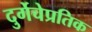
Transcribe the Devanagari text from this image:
दुर्गेचेप्रतिक